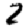
Digit: 2